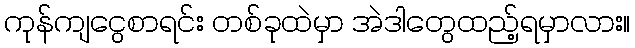
ကုန်ကျငွေစာရင်း တစ်ခုထဲမှာ အဲဒါတွေထည့်ရမှာလား။